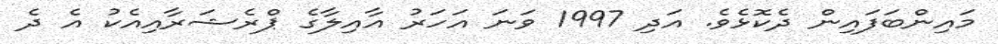
މައިންބަފައިން ދެކޮޅެވެ. އަދި 1997 ވަނަ އަހަރު އާއިލާގެ ޕްރެޝަރާއިއެކު އެ ދެ